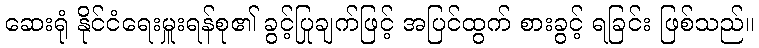
ဆေးရုံ နိုင်ငံရေးမှူးရန်စု၏ ခွင့်ပြုချက်ဖြင့် အပြင်ထွက် စားခွင့် ရခြင်း ဖြစ်သည်။